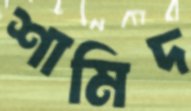
শামিদ